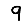
Digit: 9